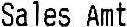
SALES AMT